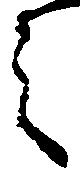
之